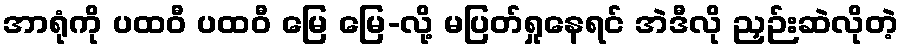
အာရုံကို ပထဝီ ပထဝီ မြေ မြေ-လို့ မပြတ်ရှုနေရင် အဲဒီလို ညှဉ်းဆဲလိုတဲ့